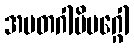
အမတဂါမိမဂ္ဂေါ